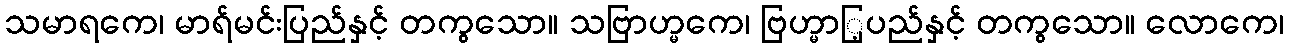
သမာရကေ၊ မာရ်မင်းပြည်နှင့် တကွသော။ သဗြာဟ္မကေ၊ ဗြဟ္မာြ့ပည်နှင့် တကွသော။ လောကေ၊